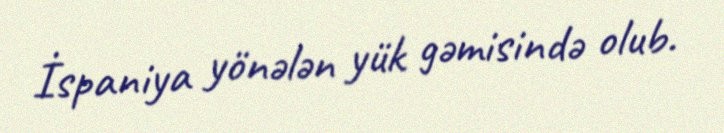
İspaniya yönələn yük gəmisində olub.